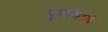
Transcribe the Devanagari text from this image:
पूजांमध्ये